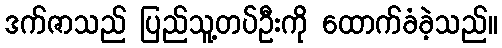
ဒက်ဇာသည် ပြည်သူ့တပ်ဦးကို ထောက်ခံခဲ့သည်။